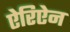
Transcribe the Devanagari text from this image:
ऐरिऐन